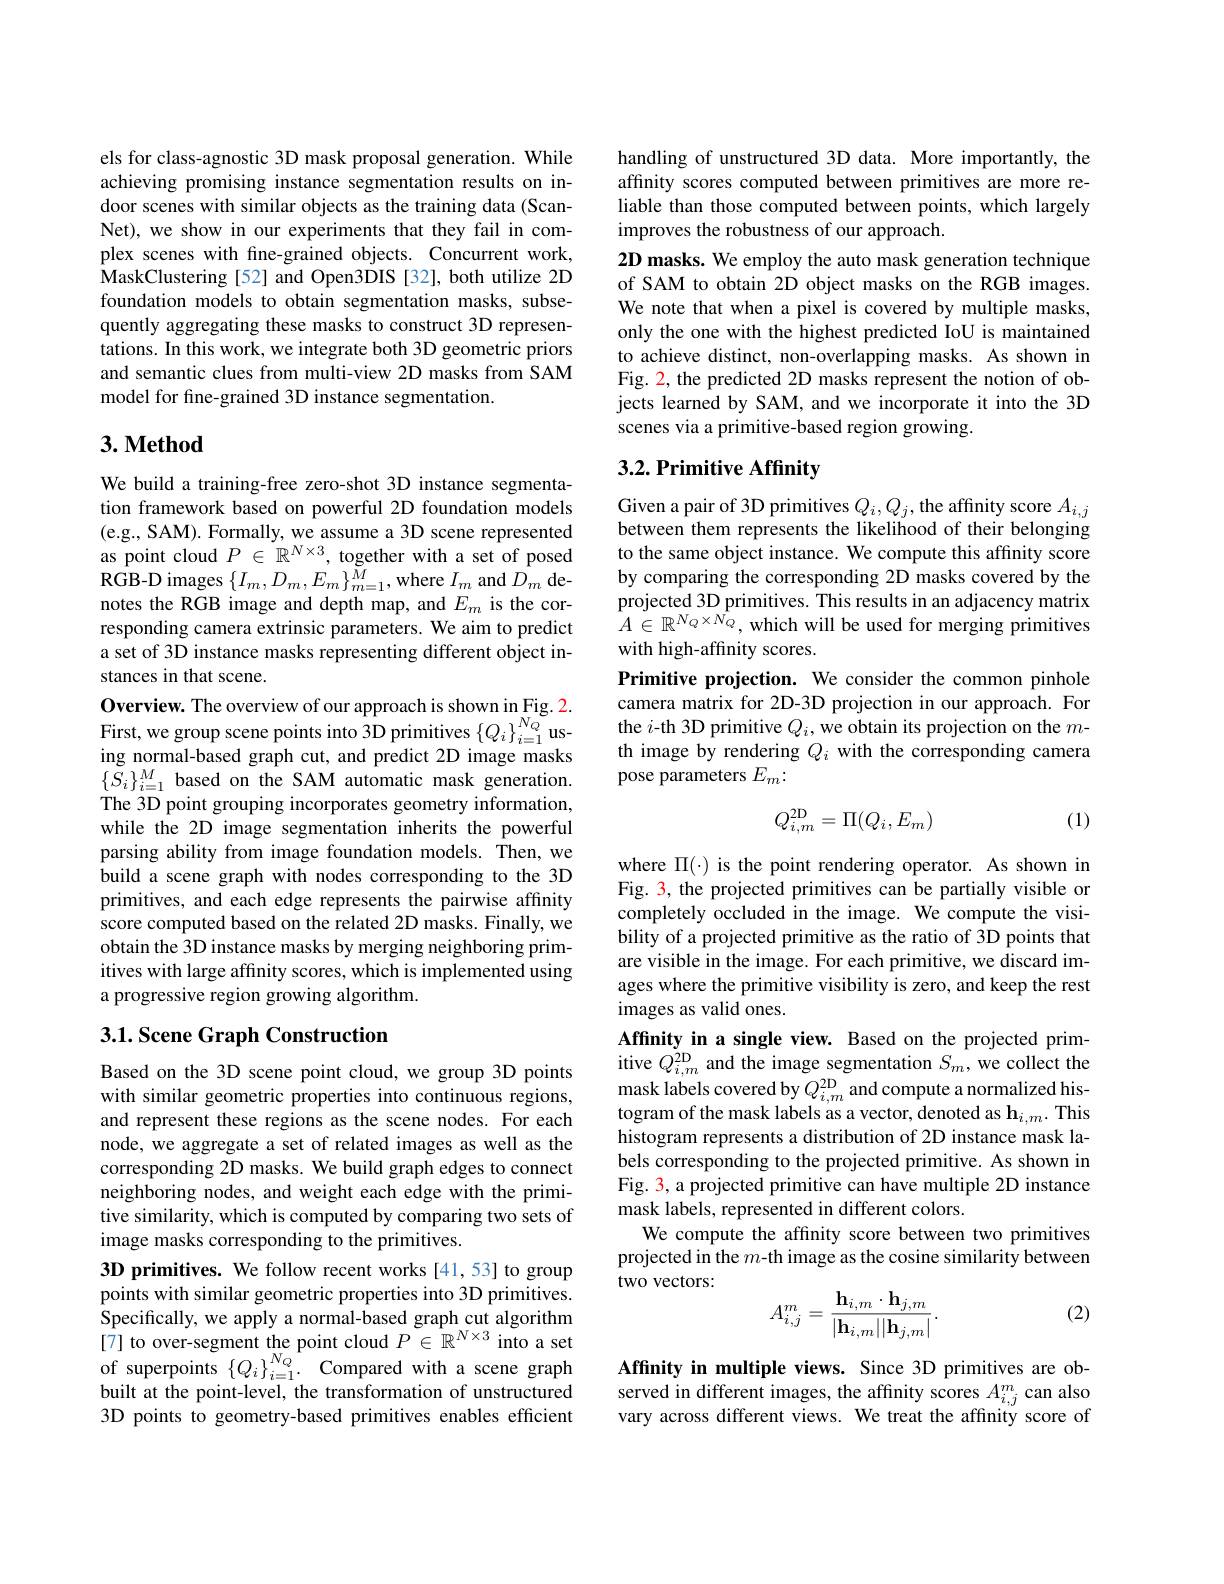
els for class-agnostic 3D mask proposal generation. While achieving promising instance segmentation results on indoor scenes with similar objects as the training data (ScanNet), we show in our experiments that they fail in complex scenes with fine-grained objects. Concurrent work, MaskClustering [52] and Open3DIS [32], both utilize 2D foundation models to obtain segmentation masks, subsequently aggregating these masks to construct 3D representations. In this work, we integrate both 3D geometric priors and semantic clues from multi-view 2D masks from SAM model for fine-grained 3D instance segmentation.

## $3. \textbf{Method}$

We build a training-free zero-shot 3D instance segmentation framework based on powerful 2D foundation models (e.g., SAM). Formally, we assume a 3D scene represented as point cloud $P\in\mathbb{R}^{N\times3}$, together with a set of posed RGB- D images $\{ I_{m}, D_{m}, E_{m}\} _{m= 1}^{M}$,where $I_{m}$ and $D_{m}$ denotes the RGB image and depth map, and $E_m$ is the corresponding camera extrinsic parameters. We aim to predict a set of 3D instance masks representing different object instances in that scene.
Overview. The overview of our approach is shown in Fig. 2. First, we group scene points into 3D primitives $\left\{Q_{i}\right\}_{i=1}^{N_{Q}}$ using normal-based graph cut, and predict 2D image masks $\{\tilde{S}_{i}\}_{i=1}^{M}$based on the SAM automatic mask generation. The 3D point grouping incorporates geometry information, while the 2D image segmentation inherits the powerful parsing ability from image foundation models. Then, we build a scene graph with nodes corresponding to the 3D primitives, and each edge represents the pairwise affinity score computed based on the related 2D masks. Finally, we obtain the 3D instance masks by merging neighboring primitives with large affinity scores, which is implemented using a progressive region growing algorithm.

### 3.1. Scene Graph Construction

Based on the 3D scene point cloud, we group 3D points with similar geometric properties into continuous regions, and represent these regions as the scene nodes. For each node, we aggregate a set of related images as well as the corresponding 2D masks. We build graph edges to connect neighboring nodes, and weight each edge with the primitive similarity, which is computed by comparing two sets of image masks corresponding to the primitives.
3D primitives. We follow recent works [41,53] to group points with similar geometric properties into 3D primitives. Specifically, we apply a normal-based graph cut algorithm [7] to over-segment the point cloud $P\in\mathbb{R}^N\times3$ into a set of superpoints $\left\{Q_{i}\right\}_{i=1}^{N_{Q}}.$ Compared with a scene graph built at the point-level, the transformation of unstructured 3D points to geometry-based primitives enables efficient

handling of unstructured 3D data. More importantly, the affinity scores computed between primitives are more reliable than those computed between points, which largely improves the robustness of our approach.
2D masks. We employ the auto mask generation technique of SAM to obtain 2D object masks on the RGB images. We note that when a pixel is covered by multiple masks, only the one with the highest predicted IoU is maintained to achieve distinct, non-overlapping masks. As shown in Fig. 2, the predicted 2D masks represent the notion of objects learned by SAM, and we incorporate it into the 3D scenes via a primitive-based region growing.

## 3.2. Primitive Affinity

Given a pair of 3D primitives $Q_i,Q_j$, the affinity score $A_i,j$ between them represents the likelihood of their belonging to the same object instance. We compute this affinity score by comparing the corresponding 2D masks covered by the projected 3D primitives. This results in an adjacency matrix $\hat{A}\in\mathbb{R}^{N_Q\times\hat{N_Q}}$,which will be used for merging primitives with high-affinity scores.
Primitive projection. We consider the common pinhole camera matrix for 2D-3D projection in our approach. For the $i$-th 3D primitive $Q_i$, we obtain its projection on the $m$- th image by rendering $Q_i$ with the corresponding camera pose parameters $E_m{:}$

(1)
$$Q_{i,m}^{2\text{D}}=\Pi(Q_i,E_m)$$
where $\Pi(\cdot)$ is the point rendering operator. As shown in Fig. 3, the projected primitives can be partially visible or completely occluded in the image. We compute the visibility of a projected primitive as the ratio of 3D points that are visible in the image. For each primitive, we discard images where the primitive visibility is zero, and keep the rest images as valid ones.
Affinity in a single view. Based on the projected primitive $Q_{i,m}^{2\mathrm{D}}$ and the image segmentation $S_m$, we collect the mask labels covered by $Q_i,m^{2\mathrm{D}}$ and compute a normalized histogram of the mask labels as a vector, denoted as $\mathbf{h}_i,m.$ This histogram represents a distribution of 2D instance mask labels corresponding to the projected primitive. As shown in Fig. 3, a projected primitive can have multiple 2D instance mask labels, represented in different colors.
We compute the affinity score between two primitives projected in the $m$-th image as the cosine similarity between two vectors:
$$A_{i,j}^{m}=\frac{\mathbf{h}_{i,m}\cdot\mathbf{h}_{j,m}}{|\mathbf{h}_{i,m}||\mathbf{h}_{j,m}|}.$$
(2)

Affinity in multiple views. Since 3D primitives are observed in different images, the affinity scores $A_i,j^m$ can also vary across different views. We treat the affinity score of